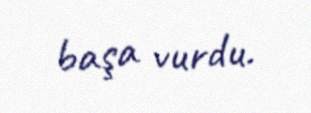
başa vurdu.